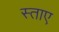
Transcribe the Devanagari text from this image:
स्ताए